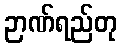
ဉာဏ်ရည်တု